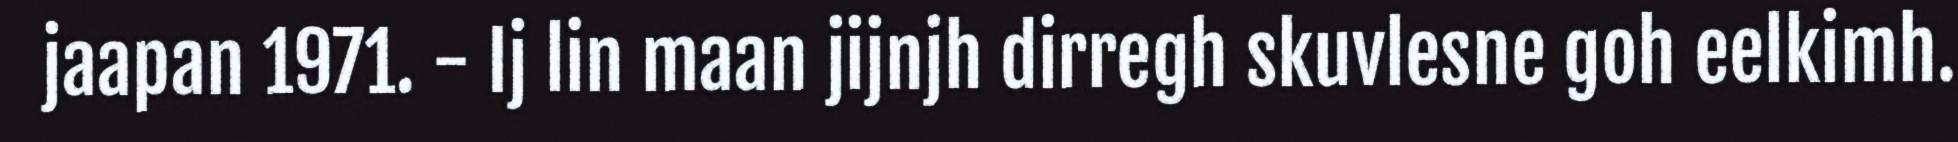
jaapan 1971. - Ij lin maan jijnjh dirregh skuvlesne goh eelkimh.